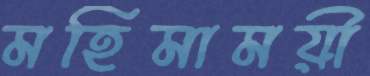
মহিমাময়ী